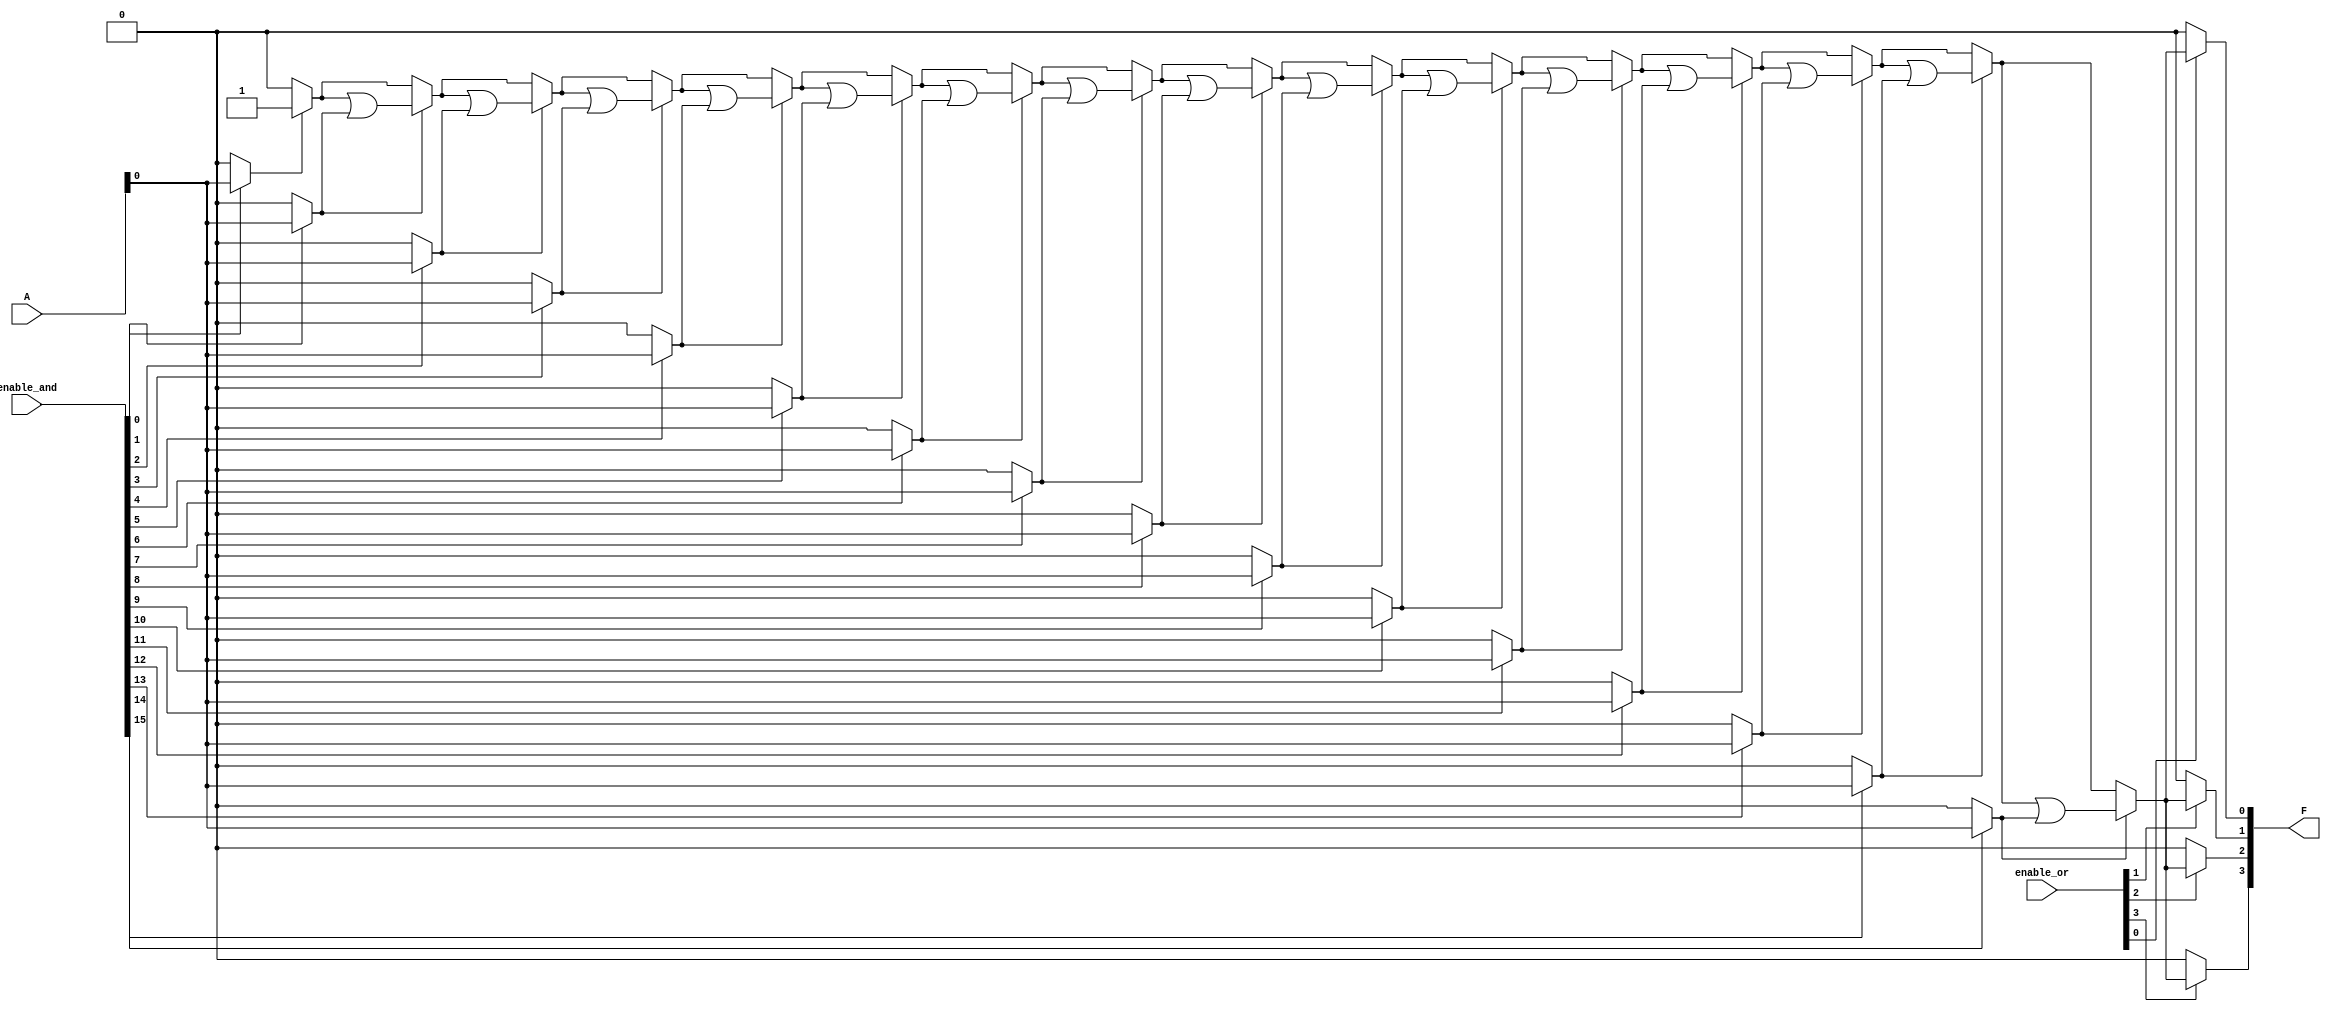
module SPAL #(parameter N = 8, // Number of input signals
               parameter M = 4, // Number of output signals
               parameter K = 16  // Number of product terms (AND gates)
              ) (
    input  wire [N-1:0] A,        // Input signals
    input  wire [K-1:0] enable_and,// Enable lines for AND gates
    input  wire [K-1:0] enable_or, // Enable lines for OR gates
    output wire [M-1:0] F         // Output signals
);

    // Internal wire to hold the outputs of the AND gates
    wire [K-1:0] and_out;

    // Programmable AND Array
    genvar i;
    generate
        for (i = 0; i < K; i = i + 1) begin : AND_array
            assign and_out[i] = (enable_and[i]) ? (A & {N{1'b1}}) : {N{1'b0}};
        end
    endgenerate

    // Internal wires for OR gate inputs
    wire [M-1:0] or_out;

    // Programmable OR Array
    genvar j;
    generate
        for (j = 0; j < M; j = j + 1) begin : OR_array
            assign or_out[j] = (enable_or[j]) ? or_select(and_out, j) : 1'b0;
        end
    endgenerate

    function or_select(input [K-1:0] terms, input integer index);
        integer k;
        begin
            or_select = 1'b0;
            for (k = 0; k < K; k = k + 1) begin
                if (terms[k]) begin
                    or_select = or_select | (terms[k] & (1'b1)); // Logical ORing the terms
                end
            end
        end
    endfunction

    assign F = or_out;

endmodule